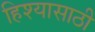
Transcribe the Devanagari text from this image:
हिश्यासाठी